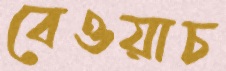
বেওয়াচ